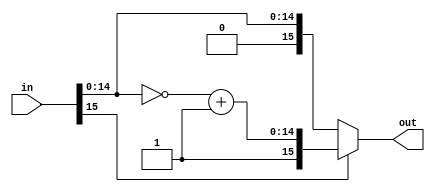
module two_complement(
  input [15:0] in,
  output [15:0] out
);

  reg signed [14:0] x;

  always @* begin
    if (in[15] == 1'b1) begin
      x = ~(in) + 1'b1;
      out <= {1'b1, x};
    end
    else begin
      out <= in;
    end
  end

endmodule